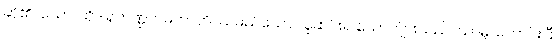
ဆို၏။ သော၊ ထိုဒါရုဘဏ္ဍကမဟာတိဿမည်သော သူဆင်းရဲ ယောကျ်ားသည်။ သာဓု၊ ကောင်းပြီ။